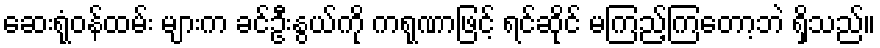
ဆေးရုံဝန်ထမ်း များက ခင်ဦးနွယ်ကို ကရုဏာဖြင့် ရင်ဆိုင် မကြည့်ကြတော့ဘဲ ရှိသည်။